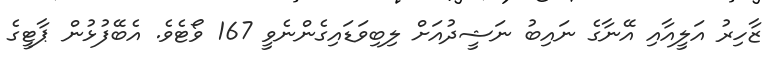
ޒާހިރު އަލީއާއި އޭނާގެ ނައިބު ނަޝީދުއަށް ލިބިވަޑައިގެންނެވީ 167 ވޯޓެވެ. އެބޭފުޅުން ޕާޓީގެ